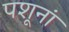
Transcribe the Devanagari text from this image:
पशूनां